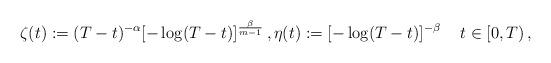
LaTeX: \begin{align*}\zeta(t):=(T-t)^{-\alpha}[-\log(T -t)]^{\frac{\beta}{m-1}}\,, \eta(t):=[-\log(T -t)]^{-\beta} \,\,\; \;\; t\in [0,T) \, ,\end{align*}